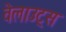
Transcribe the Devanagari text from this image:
वेलाउट्स